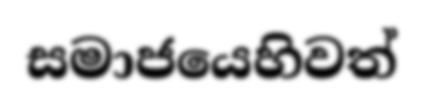
සමාජයෙහිවත්